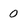
Character: 0